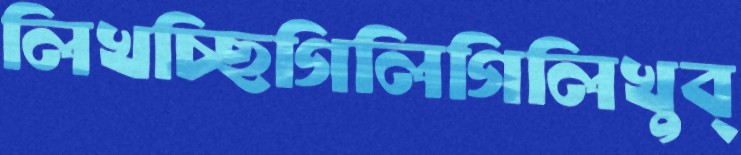
লিখচ্ছিগিলিগিলিখুব্‌